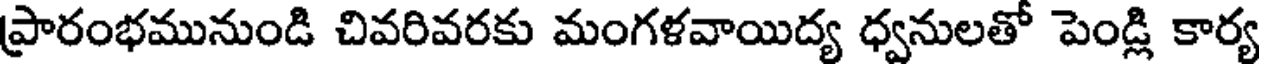
ప్రారంభమునుండి చివరివరకు మంగళవాయిద్య ధ్వనులతో పెండ్లి కార్య